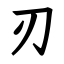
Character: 刃